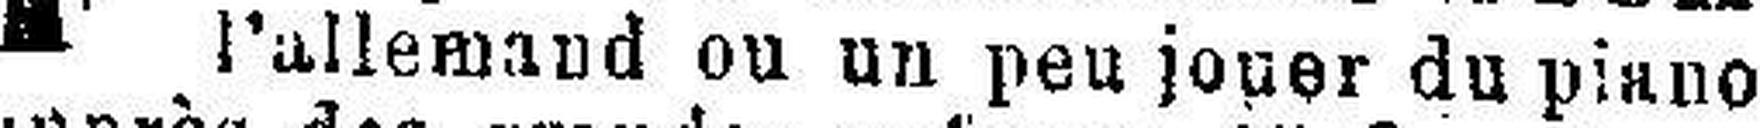
l'allemand ou un peu joper du piano